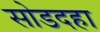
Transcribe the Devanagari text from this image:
सोडदहा